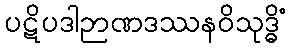
ပဋိပဒါဉာဏဒဿနဝိသုဒ္ဓိံ